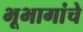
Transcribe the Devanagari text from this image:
भूभागांचे